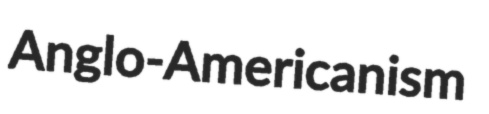
Anglo-Americanism